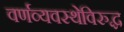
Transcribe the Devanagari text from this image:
वर्णव्यवस्थेविरुद्ध